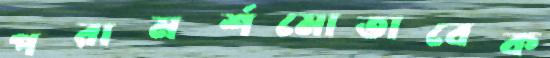
পরামর্শমোতাবেক